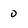
Character: 0